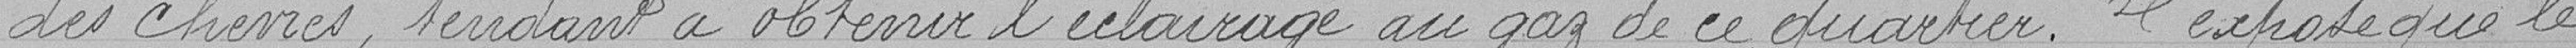
des (chèvres) tendant à obtenir l'éclairage au gaz de ce quartier. Il expose que le